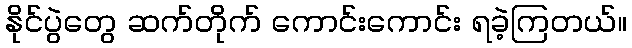
နိုင်ပွဲတွေ ဆက်တိုက် ကောင်းကောင်း ရခဲ့ကြတယ်။